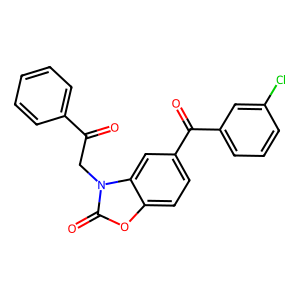
SMILES: O=C(Cn1c(=O)oc2ccc(C(=O)c3cccc(Cl)c3)cc21)c1ccccc1
Inhibits HIV replication: No